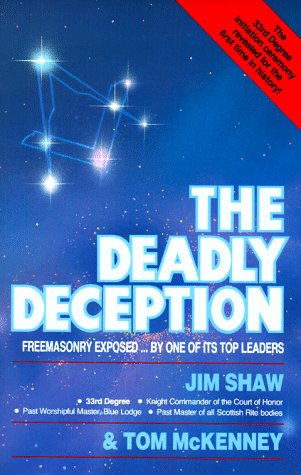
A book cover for The Deadly Deception: Freemasonry Exposed by One of Its Top Leaders; James D. Shaw; Religion & Spirituality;